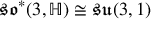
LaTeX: { \mathfrak { s o } } ^ { * } ( 3 , \mathbb { H } ) \cong { \mathfrak { s u } } ( 3 , 1 )